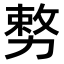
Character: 𭄺